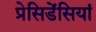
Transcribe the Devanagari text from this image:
प्रेसिडेंसियां